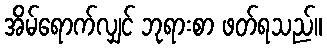
အိမ်ရောက်လျှင် ဘုရားစာ ဖတ်ရသည်။